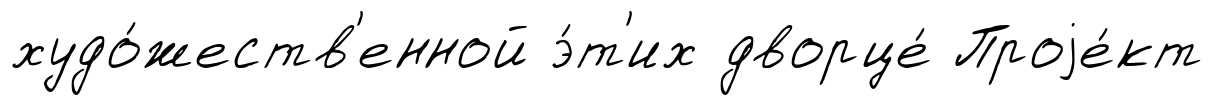
худо́жеств'енной э́т'их дворце́ Проjе́кт